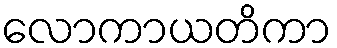
လောကာယတိကာ